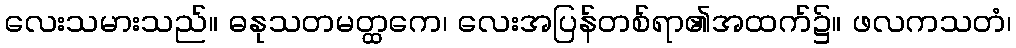
လေးသမားသည်။ ဓနုသတမတ္ထကေ၊ လေးအပြန်တစ်ရာ၏အထက်၌။ ဖလကသတံ၊